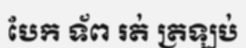
បែក ទ័ព រត់ ត្រឡប់